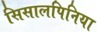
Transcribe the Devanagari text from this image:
सिसालपिनिया